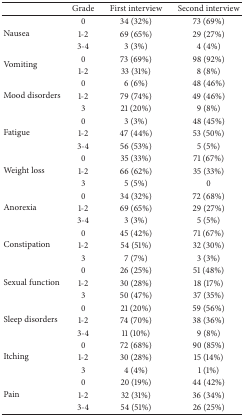
<table><thead><tr><td><b> </b></td><td><b>Grade</b></td><td><b>First interview</b></td><td><b>Second interview</b></td></tr></thead><tbody><tr><td rowspan="3">Nausea</td><td>0</td><td>34 (32%)</td><td>73 (69%)</td></tr><tr><td>1-2</td><td>69 (65%)</td><td>29 (27%)</td></tr><tr><td>3-4</td><td>3 (3%)</td><td>4 (4%)</td></tr><tr><td rowspan="2">Vomiting</td><td>0</td><td>73 (69%)</td><td>98 (92%)</td></tr><tr><td>1-2</td><td>33 (31%)</td><td>8 (8%)</td></tr><tr><td rowspan="3">Mood disorders</td><td>0</td><td>6 (6%)</td><td>48 (46%)</td></tr><tr><td>1-2</td><td>79 (74%)</td><td>49 (46%)</td></tr><tr><td>3</td><td>21 (20%)</td><td>9 (8%)</td></tr><tr><td rowspan="3">Fatigue</td><td>0</td><td>3 (3%)</td><td>48 (45%)</td></tr><tr><td>1-2</td><td>47 (44%)</td><td>53 (50%)</td></tr><tr><td>3-4</td><td>56 (53%)</td><td>5 (5%)</td></tr><tr><td rowspan="3">Weight loss</td><td>0</td><td>35 (33%)</td><td>71 (67%)</td></tr><tr><td>1-2</td><td>66 (62%)</td><td>35 (33%)</td></tr><tr><td>3</td><td>5 (5%)</td><td>0</td></tr><tr><td rowspan="3">Anorexia</td><td>0</td><td>34 (32%)</td><td>72 (68%)</td></tr><tr><td>1-2</td><td>69 (65%)</td><td>29 (27%)</td></tr><tr><td>3-4</td><td>3 (3%)</td><td>5 (5%)</td></tr><tr><td rowspan="3">Constipation</td><td>0</td><td>45 (42%)</td><td>71 (67%)</td></tr><tr><td>1-2</td><td>54 (51%)</td><td>32 (30%)</td></tr><tr><td>3</td><td>7 (7%)</td><td>3 (3%)</td></tr><tr><td rowspan="3">Sexual function</td><td>0</td><td>26 (25%)</td><td>51 (48%)</td></tr><tr><td>1-2</td><td>30 (28%)</td><td>18 (17%)</td></tr><tr><td>3</td><td>50 (47%)</td><td>37 (35%)</td></tr><tr><td rowspan="3">Sleep disorders</td><td>0</td><td>21 (20%)</td><td>59 (56%)</td></tr><tr><td>1-2</td><td>74 (70%)</td><td>38 (36%)</td></tr><tr><td>3-4</td><td>11 (10%)</td><td>9 (8%)</td></tr><tr><td rowspan="3">Itching</td><td>0</td><td>72 (68%)</td><td>90 (85%)</td></tr><tr><td>1-2</td><td>30 (28%)</td><td>15 (14%)</td></tr><tr><td>3</td><td>4 (4%)</td><td>1 (1%)</td></tr><tr><td rowspan="3">Pain</td><td>0</td><td>20 (19%)</td><td>44 (42%)</td></tr><tr><td>1-2</td><td>32 (31%)</td><td>36 (34%)</td></tr><tr><td>3-4</td><td>54 (51%)</td><td>26 (25%)</td></tr></tbody></table>